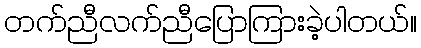
တက်ညီလက်ညီပြောကြားခဲ့ပါတယ်။